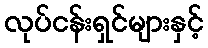
လုပ်ငန်းရှင်များနှင့်